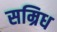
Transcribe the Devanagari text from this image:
सम्रिध